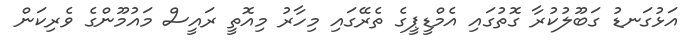
އަޅުގަނޑު ގަބޫލުކުރާ ގޮތުގައި އެމްޑީޕީގެ ތެރޭގައި މިހާރު މިއޮތީ ރައީސް މައުމޫންގެ ވެރިކަން